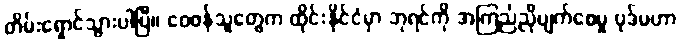
တိမ်းရှောင်သွားပါပြီ၊၊ ဝေဖန်သူတွေက ထိုင်းနိုင်ငံမှာ ဘုရင်ကို အကြည်ညိုပျက်စေမှု ပုဒ်မဟာ